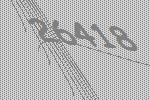
26418